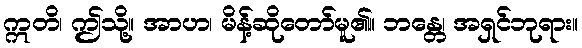
ဣတိ၊ ဤသို့။ အာဟ၊ မိန့်ဆိုတော်မူ၏။ ဘန္တေ၊ အရှင်ဘုရား။